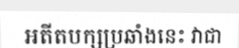
អតីតបក្សប្រឆាំងនេះ វាជា